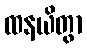
ထနယိတွာ